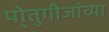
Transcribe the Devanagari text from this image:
पो्तुगीजांच्या